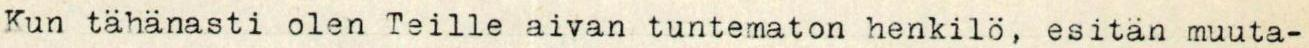
Kun tähänasti olen Teille aivan tuntematon henkilö, esitän muuta-